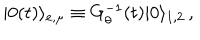
| 0 ( t ) \rangle _ { e , \mu } \equiv G _ { \theta } ^ { - 1 } ( t ) | 0 \rangle _ { 1 , 2 } \, ,